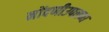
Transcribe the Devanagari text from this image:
नोंदणीउपलब्ध